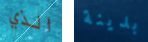
الذي بدينة